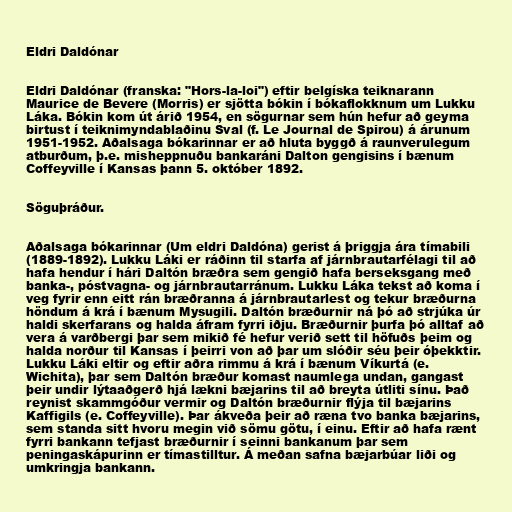
Eldri Daldónar

Eldri Daldónar (franska: "Hors-la-loi") eftir belgíska teiknarann
Maurice de Bevere (Morris) er sjötta bókin í bókaflokknum um Lukku
Láka. Bókin kom út árið 1954, en sögurnar sem hún hefur að geyma
birtust í teiknimyndablaðinu Sval (f. Le Journal de Spirou) á árunum
1951-1952. Aðalsaga bókarinnar er að hluta byggð á raunverulegum
atburðum, þ.e. misheppnuðu bankaráni Dalton gengisins í bænum
Coffeyville í Kansas þann 5. október 1892.

Söguþráður.

Aðalsaga bókarinnar (Um eldri Daldóna) gerist á þriggja ára tímabili
(1889-1892). Lukku Láki er ráðinn til starfa af járnbrautarfélagi til að
hafa hendur í hári Daltón bræðra sem gengið hafa berseksgang með
banka-, póstvagna- og járnbrautarránum. Lukku Láka tekst að koma í
veg fyrir enn eitt rán bræðranna á járnbrautarlest og tekur bræðurna
höndum á krá í bænum Mysugili. Daltón bræðurnir ná þó að strjúka úr
haldi skerfarans og halda áfram fyrri iðju. Bræðurnir þurfa þó alltaf að
vera á varðbergi þar sem mikið fé hefur verið sett til höfuðs þeim og
halda norður til Kansas í þeirri von að þar um slóðir séu þeir óþekktir.
Lukku Láki eltir og eftir aðra rimmu á krá í bænum Víkurtá (e.
Wichita), þar sem Daltón bræður komast naumlega undan, gangast
þeir undir lýtaaðgerð hjá lækni bæjarins til að breyta útliti sínu. Það
reynist skammgóður vermir og Daltón bræðurnir flýja til bæjarins
Kaffigils (e. Coffeyville). Þar ákveða þeir að ræna tvo banka bæjarins,
sem standa sitt hvoru megin við sömu götu, í einu. Eftir að hafa rænt
fyrri bankann tefjast bræðurnir í seinni bankanum þar sem
peningaskápurinn er tímastilltur. Á meðan safna bæjarbúar liði og
umkringja bankann.